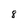
Character: 8